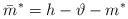
LaTeX: \begin{align*}\bar m^*=h -\vartheta-m^*\end{align*}